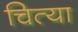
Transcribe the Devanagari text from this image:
चित्या